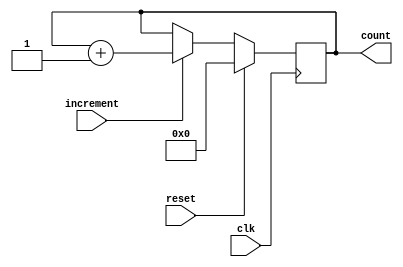
`timescale 1ns / 1ps
//////////////////////////////////////////////////////////////////////////////////
// Company: 
// Engineer: 
// 
// Design Name: 
// Module Name: counter
// Project Name: 
// Target Devices: 
// Tool Versions: 
// Description: 
// 
// Dependencies: 
// 
// Revision:
// Revision 0.01 - File Created
// Additional Comments:
// 
//////////////////////////////////////////////////////////////////////////////////

//used to count things such as the number of rounds
//that have been won or the current position in the sequence
//if reset is high, counter will reset to 0
//if increment is high, counter will be incremented by 1

module counter(
    input clk,
    input increment,
    input reset,
    output reg[4:0] count
    );
    
    always @(posedge clk) begin
        if(reset) 
            count <= 5'b00000;
        else if(increment)
            count <= count + 5'b00001;
    end
endmodule